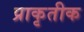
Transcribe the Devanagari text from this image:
प्राकृतीक